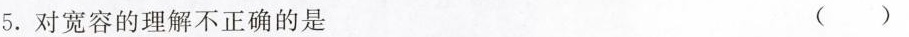
5.对宽容的理解不正确的是（）